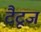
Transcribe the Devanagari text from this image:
टैटूज